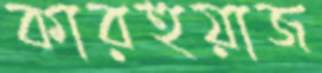
কারহুয়াজ